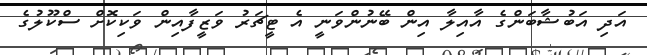
އަދި އަބުޝާބަންގެ އާއިލާ އިން ބޭނުންވަނީ އެ ޓީޗަރު ވަޒީފާއިން ވަކިކޮށް ސްކޫލުގެ